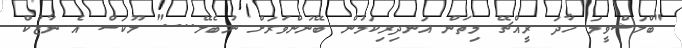
"ބްލަޝްވީމަ ހާދަ ރީއްޗޭ މިތަން އަނދިރިކަމުން ބޭނުންވަރަށް ނުބެލޭ...." ލޫކަސް އެ ނާޒުކް